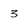
Character: 3